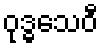
ဝုဒ္ဓသေဝီ